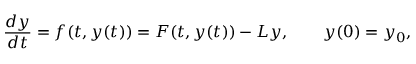
\frac { d y } { d t } = f ( t , y ( t ) ) = F ( t , y ( t ) ) - L y , \qquad y ( 0 ) = y _ { 0 } ,